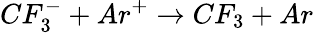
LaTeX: CF_{3}^{-}+Ar^{+}\rightarrow CF_{3}+Ar